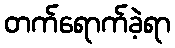
တက်ရောက်ခဲ့ရာ